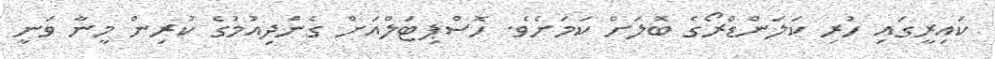
ކައިރީގައި ހުރި ކަލަންޑްރޯގެ ބޮލަށް ކަމަށެވެ. ހޮސްޕިޓަލްއަށް ގެންދިއުމުގެ ކުރިން މީނާ ވަނީ